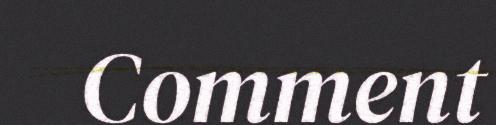
Comment